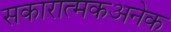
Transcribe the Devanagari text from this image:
सकारात्मकअनेक